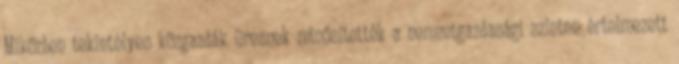
Miközben tekintélyes közgazdák üresnek minősítették a nemzetgazdasági szinten értelmezett